Report of the Indian Hemp Drugs Commission, 1894-1895 - Volume VI
Year: 1894
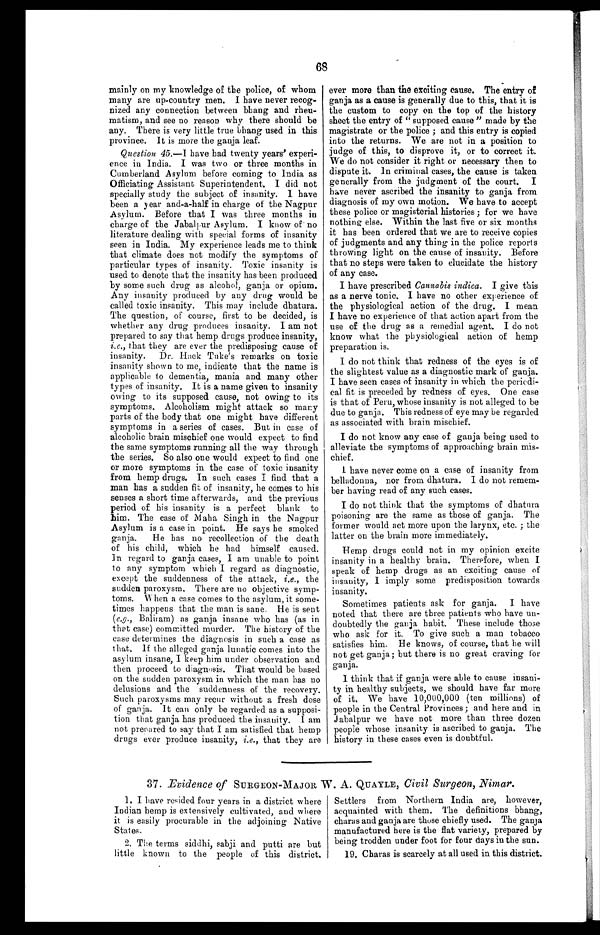
68
mainly on my knowledge of the police, of whom
many are up-country men. I have never recog-
nized any connection between bhang and rheu-
matism, and see no reason why there should be
any. There is very little true bhang used in this
province. It is more the ganja leaf.
Question 45.—I have had twenty years' experi-
ence in India. I was two or three months in
Cumberland Asylum before coming to India as
Officiating Assistant Superintendent. I did not
specially study the subject of insanity. I have
been a year and-a-half in charge of the Nagpur
Asylum. Before that I was three months in
charge of the Jabalpur Asylum. I know of no
literature dealing with special forms of insanity
seen in India. My experience leads me to think
that climate does not modify the symptoms of
particular types of insanity. Toxic insanity is
used to denote that the insanity has been produced
by some such drug as alcohol, ganja or opium.
Any insanity produced by any drug would be
called toxic insanity. This may include dhatura.
The question, of course, first to be decided, is
whether any drug produces insanity. I am not
prepared to say that hemp drugs produce insanity,
i.e., that they are ever the predisposing cause of
insanity. Dr. Hack Tuke's remarks on toxic
insanity shown to me, indicate that the name is
applicable to dementia, mania and many other
types of insanity. It is a name given to insanity
owing to its supposed cause, not owing to its
symptoms. Alcoholism might attack so many
parts of the body that one might have different
symptoms in a series of cases. But in case of
alcoholic brain mischief one would expect to find
the same symptoms running all the way through
the series. So also one would expect to find one
or more symptoms in the case of toxic insanity
from hemp drugs. In such cases I find that a
man has a sudden fit of insanity, he comes to his
senses a short time afterwards, and the previous
period of his insanity is a perfect blank to
him. The case of Maha Singh in the Nagpur
Asylum is a case in point. He says he smoked
ganja. He has no recollection of the death
of his child, which he had himself caused.
In regard to ganja cases, I am unable to point
to any symptom which I regard as diagnostic,
except the suddenness of the attack, i.e ., the
sudden paroxysm. There are no objective symp-
toms. When a case comes to the asylum, it some-
times happens that the man is sane. He is sent
( e.g ., Baliram) as ganja insane who has (as in
that case) committed murder. The history of the
case determines the diagnosis in such a case as
that. If the alleged ganja lunatic comes into the
asylum insane, I keep him under observation and
then proceed to diagnosis. That would be based
on the sudden paroxysm in which the man has no
delusions and the suddenness of the recovery.
Such paroxysms may recur without a fresh dose
of ganja. It can only be regarded as a supposi-
tion that ganja has produced the insanity. I am
not prepared to say that I am satisfied that hemp
drugs ever produce insanity, i.e., that they are
ever more than the exciting cause. The entry of
ganja as a cause is generally due to this, that it is
the custom to copy on the top of the history
sheet the entry of "supposed cause" made by the
magistrate or the police; and this entry is copied
into the returns. We are not in a position to
judge of this, to disprove it, or to correct it.
We do not consider it right or necessary then to
dispute it. In criminal cases, the cause is taken
generally from the judgment of the court. I
have never ascribed the insanity to ganja from
diagnosis of my own motion. We have to accept
these police or magisterial histories; for we have
nothing else. Within the last five or six months
it has been ordered that we are to receive copies
of judgments and any thing in the police reports
throwing light on the cause of insanity. Before
that no steps were taken to elucidate the history
of any case.
I have prescribed Cannabis indica. I give this
as a nerve tonic. I have no other experience of
the physiological action of the drug. I mean
I have no experience of that action apart from the
use of the drug as a remedial agent. I do not
know what the physiological action of hemp
preparation is.
I do not think that redness of the eyes is of
the slightest value as a diagnostic mark of ganja.
I have seen cases of insanity in which the periodi-
cal fit is preceded by redness of eyes. One case
is that of Peru, whose insanity is not alleged to be
due to ganja. This redness of eye may be regarded
as associated with brain mischief.
I do not know any case of ganja being used to
alleviate the symptoms of approaching brain mis-
chief.
I have never come on a case of insanity from
belladonna, nor from dhatura. I do not remem-
ber having read of any such cases.
I do not think that the symptoms of dhatura
poisoning are the same as those of ganja. The
former would act more upon the larynx, etc.; the
latter on the brain more immediately.
Hemp drugs could not in my opinion excite
insanity in a healthy brain. Therefore, when I
speak of hemp drugs as an exciting cause of
insanity, I imply some predisposition towards
insanity.
Sometimes patients ask for ganja. I have
noted that there are three patients who have un-
doubtedly the ganja habit. These include those
who ask for it. To give such a man tobacco
satisfies him. He knows, of course, that he will
not get ganja; but there is no great craving for
ganja.
I think that if ganja were able to cause insani-
ty in healthy subjects, we should have far more
of it. We have 10,000,000 (ten millions) of
people in the Central Provinces; and here and in
Jabalpur we have not more than three dozen
people whose insanity is ascribed to ganja. The
history in these cases even is doubtful.
37. Evidence of SURGEON-MAJOR W. A. QUAYLE, Civil Surgeon, Nimar.
1. I have resided four years in a district where
Indian hemp is extensively cultivated, and where
it is easily procurable in the adjoining Native
States.
2. The terms siddhi, sabji and putti are but
little known to the people of this district.
Settlers from Northern India are, however,
acquainted with them. The definitions bhang,
charas and ganja are those chiefly used. The ganja
manufactured here is the flat variety, prepared by
being trodden under foot for four days in the sun.
19. Charas is scarcely at all used in this district.